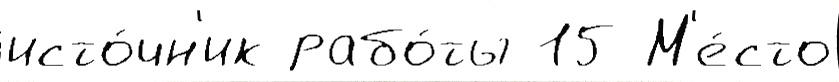
исто́чн'ик рабо́ты 15 М'е́сто